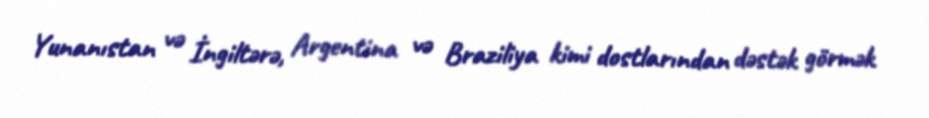
Yunanıstan və İngiltərə, Argentina və Braziliya kimi dostlarından dəstək görmək